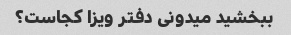
ببخشید میدونی دفتر ویزا کجاست؟